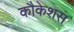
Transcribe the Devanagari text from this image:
कौकेशस